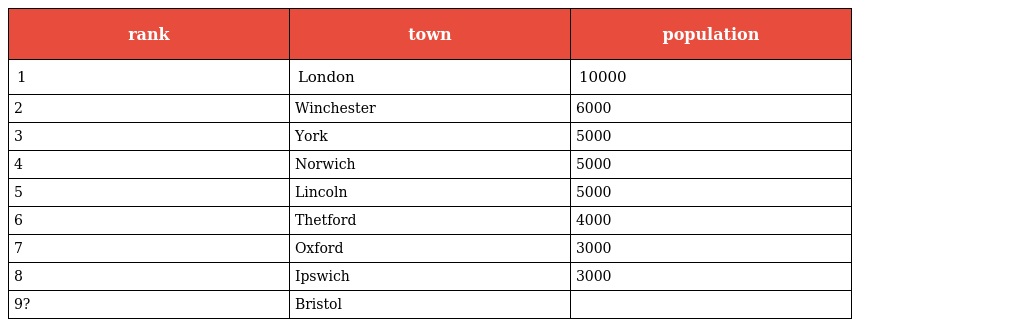
| rank | town | population |
 | --- | --- | --- |
 | 1 | London | 10000 |
 | 2 | Winchester | 6000 |
 | 3 | York | 5000 |
 | 4 | Norwich | 5000 |
 | 5 | Lincoln | 5000 |
 | 6 | Thetford | 4000 |
 | 7 | Oxford | 3000 |
 | 8 | Ipswich | 3000 |
 | 9? | Bristol |  |